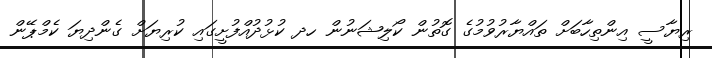
ރިޔާސީ އިންތިހާބަށް ތައްޔާރުވުމުގެ ގޮތުން ކޯލިޝަނުން ހދ ކުޅުދުއްފުށީގައި ކުރިޔަށް ގެންދިޔަ ކެމްޕޭން